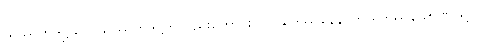
သဿတဒိဋ္ဌိယာ၊ သဿတဒိဋ္ဌိကိုလည်းကောင်း။ ဘယဒဿနေန၊ ဘယဒဿန ဉာဏ်ဖြင့်။